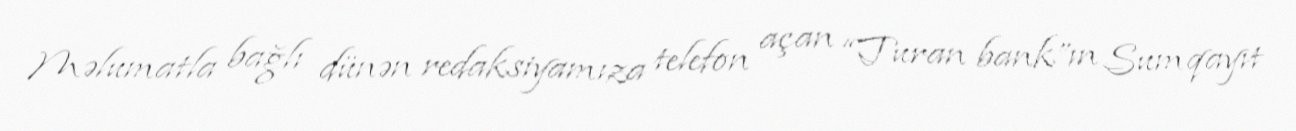
Məlumatla bağlı dünən redaksiyamıza telefon açan “Turan bank”ın Sumqayıt